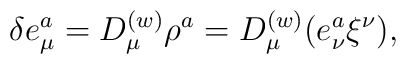
\delta e^a_\mu = D^{(w)}_\mu \rho^a = D^{(w)}_\mu (e^a_\nu \xi^\nu),